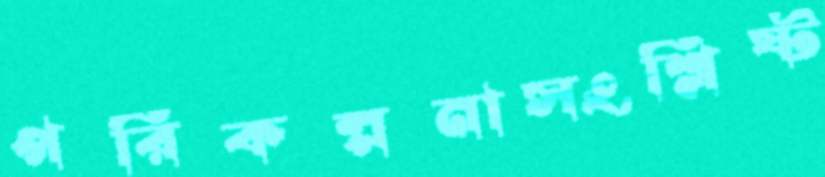
পরিকল্পনাসংশ্লিষ্ট